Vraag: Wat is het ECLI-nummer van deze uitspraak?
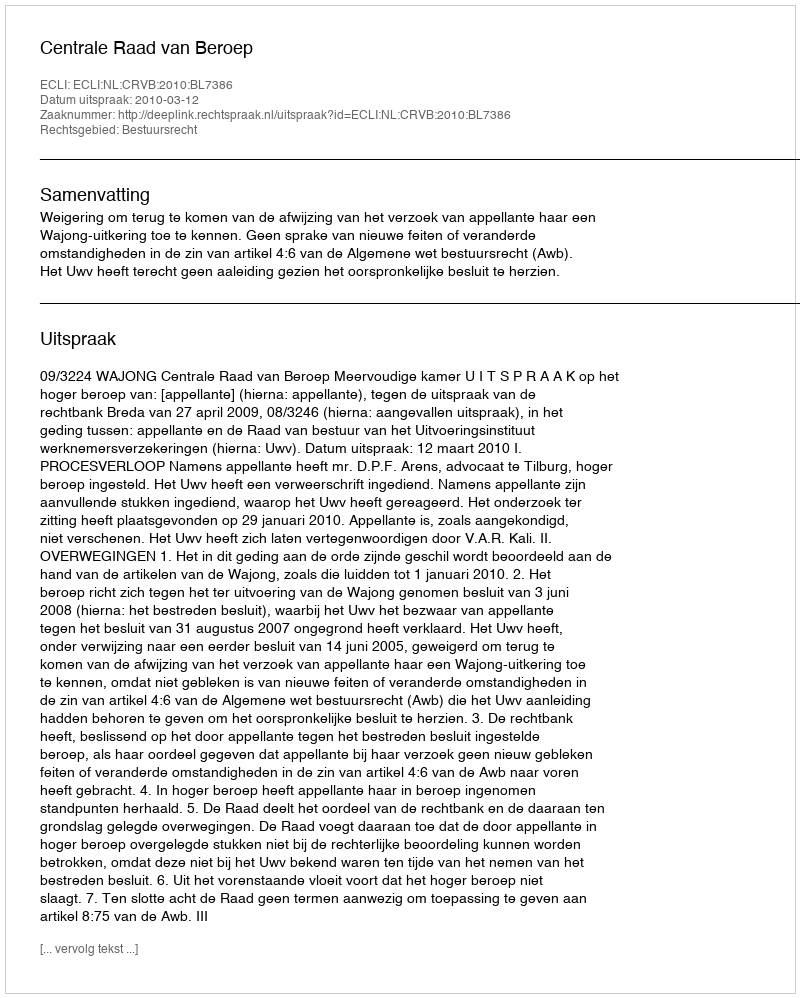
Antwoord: ECLI:NL:CRVB:2010:BL7386